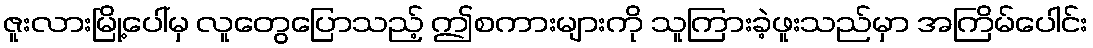
ဇူးလားမြို့ပေါ်မှ လူတွေပြောသည့် ဤစကားများကို သူကြားခဲ့ဖူးသည်မှာ အကြိမ်ပေါင်း